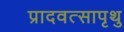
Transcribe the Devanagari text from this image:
प्रादवत्सापृथु